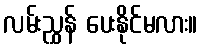
လမ်းညွှန် ပေးနိုင်မလား။